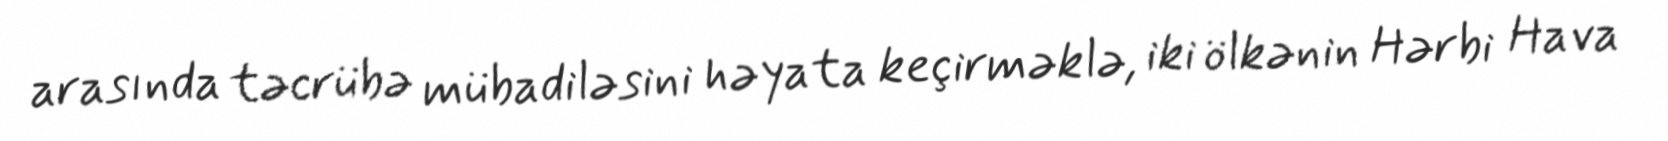
arasında təcrübə mübadiləsini həyata keçirməklə, iki ölkənin Hərbi Hava